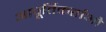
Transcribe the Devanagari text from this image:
आपूर्तिकर्ताओ